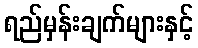
ရည်မှန်းချက်များနှင့်